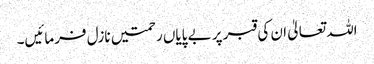
اللہ تعالیٰ ان کی قبر پر بے پایاں رحمتیں نازل فرمائیں۔